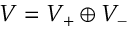
V = V _ { + } \oplus V _ { - }